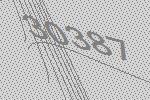
30387